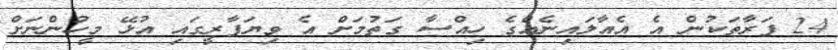
24 ފަރާތަކުން އެ އެއާލައިނެއްގެ ހިއްސާ ގަތުމަށް އެ ވިޔަފާރީގައި އުޅޭ މީހުންނަށް